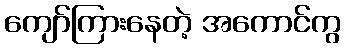
ကျော်ကြားနေတဲ့ အကောင်ကွ